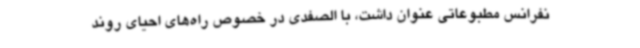
نفرانس مطبوعاتی عنوان داشت، با الصفدی در خصوص راه‌های احیای روند